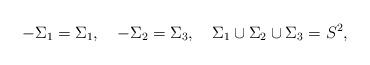
LaTeX: \begin{align*}-\Sigma_1=\Sigma_1,\quad-\Sigma_2=\Sigma_3,\quad\Sigma_1\cup\Sigma_2\cup\Sigma_3=S^2, \end{align*}